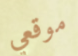
موقعي